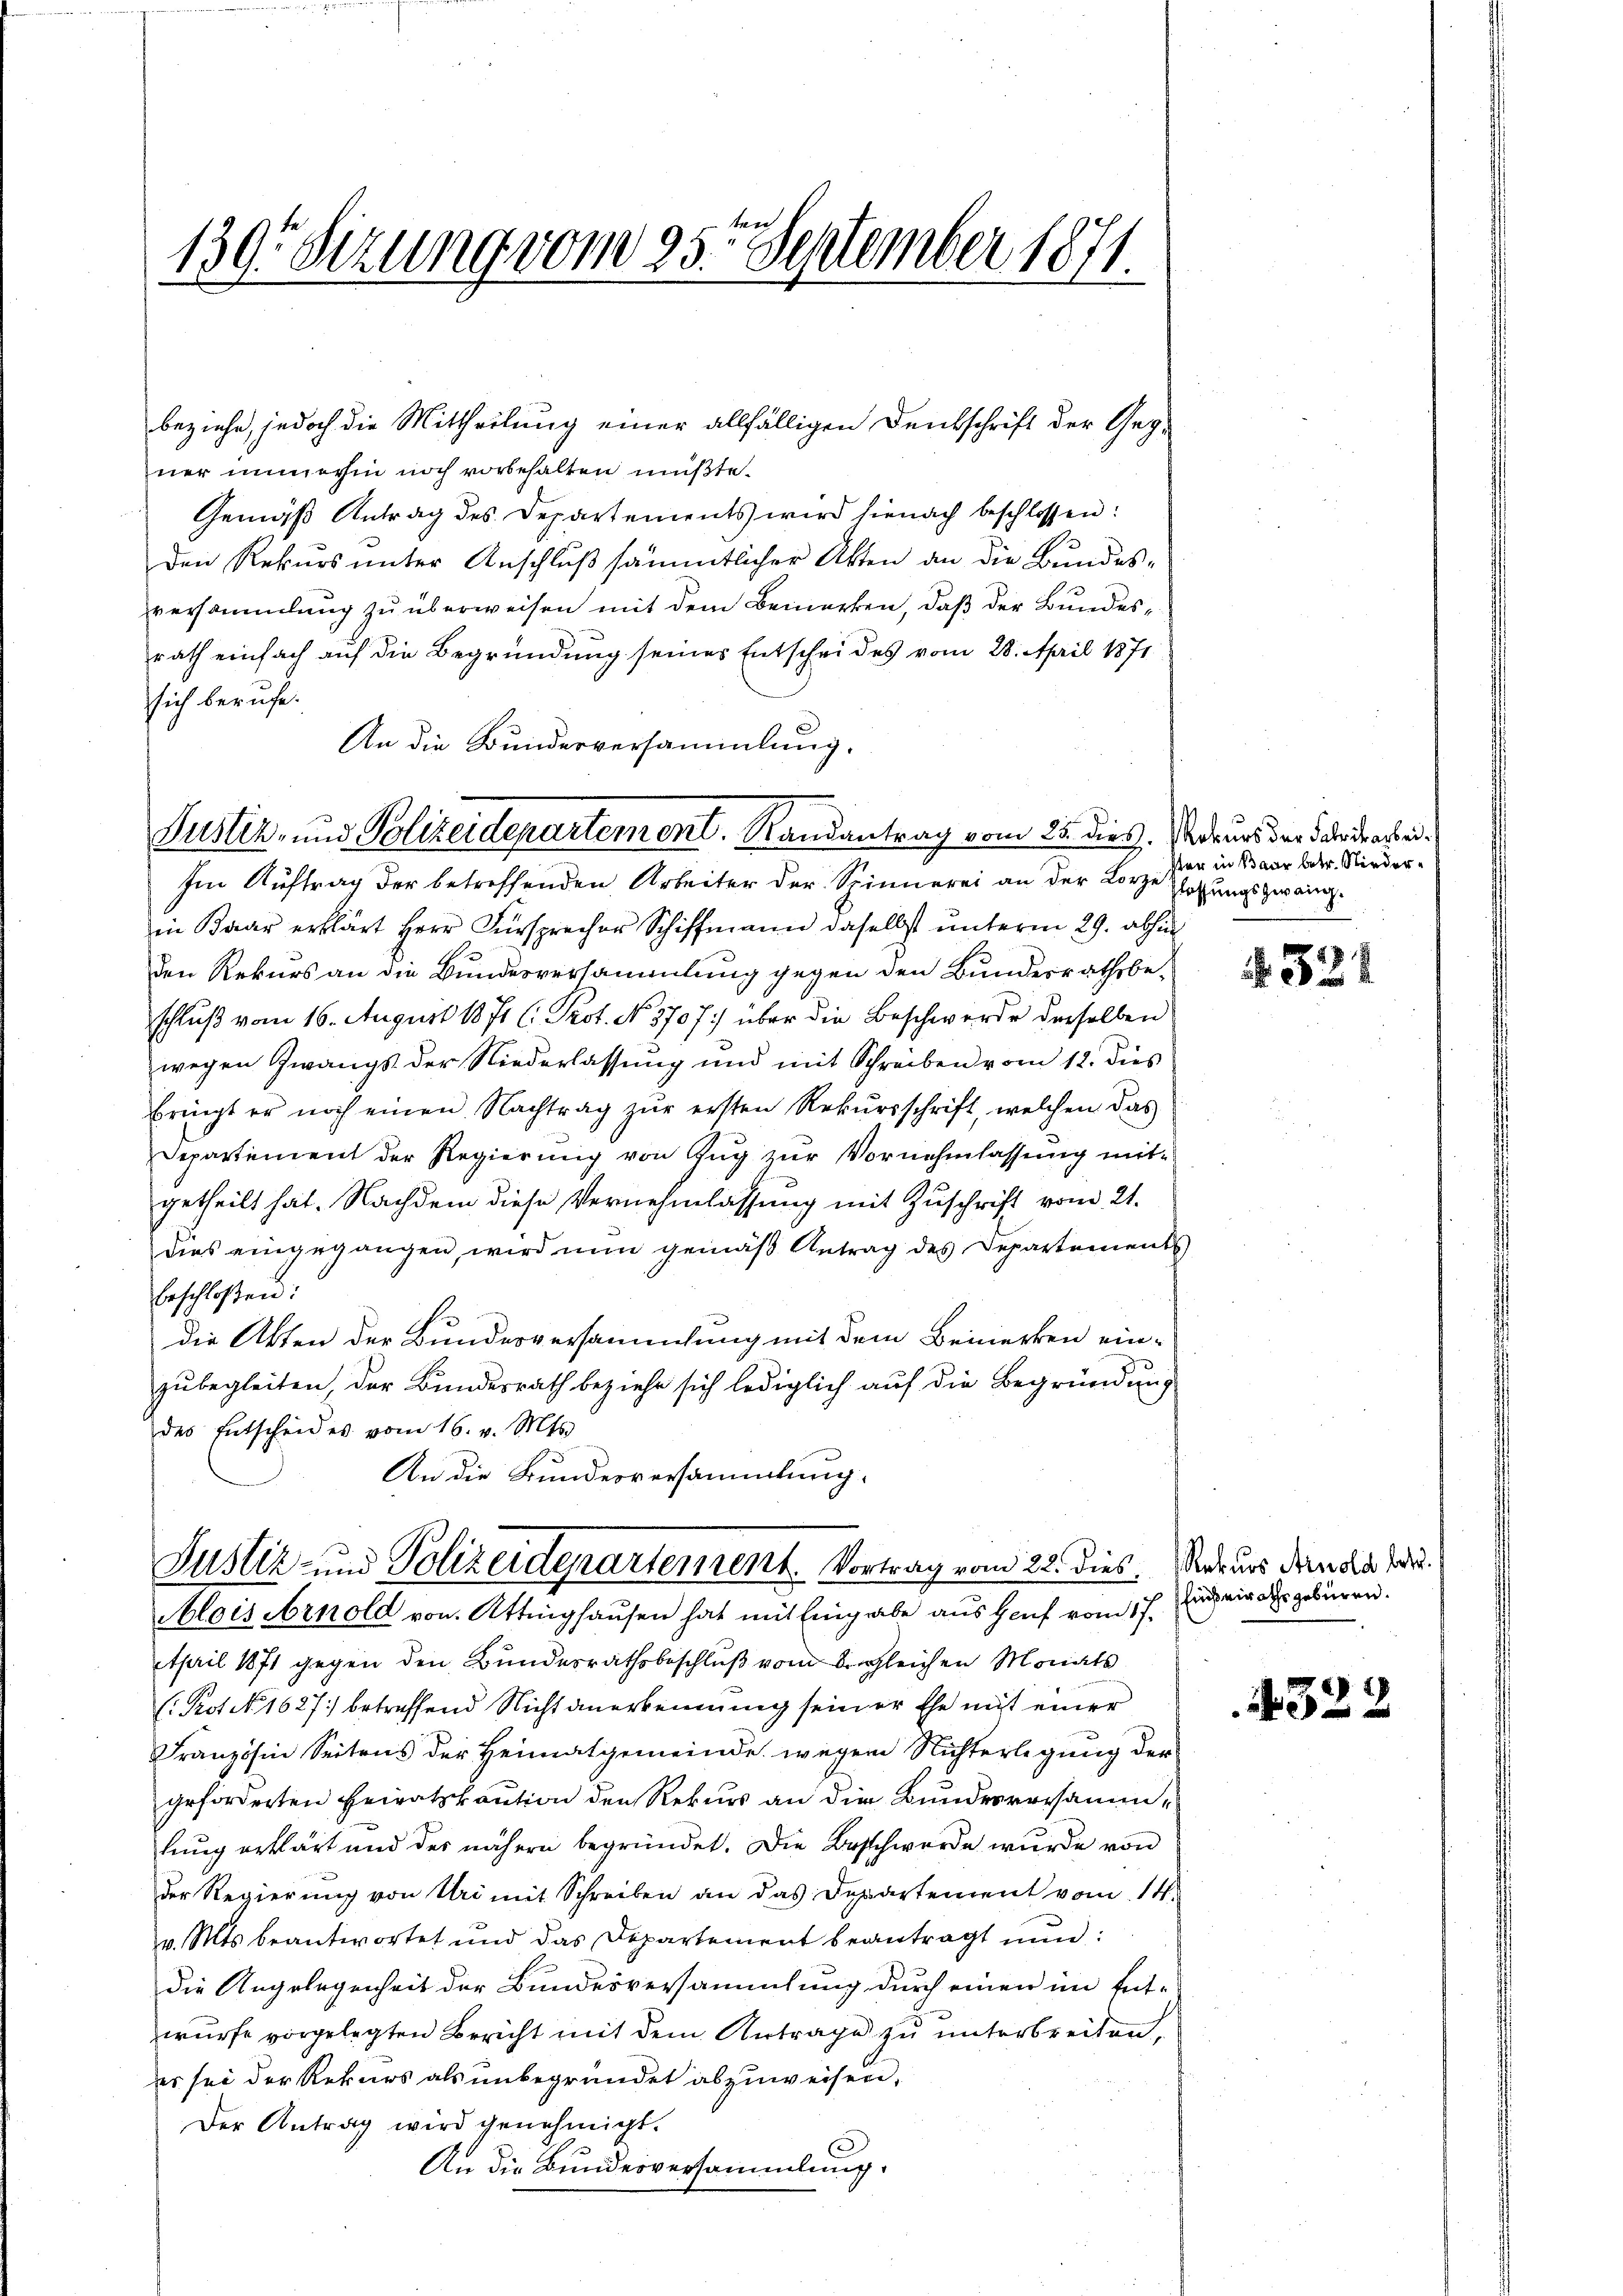
139. Sezung vom 25. September 1871.
x

beziehe, jedoch die Mittheilung einer allfälligen Denkschrift der Gegner immerhin noch vorbehalten müßte.
Gemäß Antrag des Departements wird hienach beschlossen:
den Rekurs unter Anschluß sämmtlicher Akten an die Bundesversammlung zu überweisen mit dem Bemerken, daß der Bundesrath einfach auf die Begründung seines Entscheides vom 28. April 1871
sich berufe.
An die Bundesversammlung.
Im Auftrag der betreffenden Arbeiter der Spinnerei an der Lorze
in Baar erklärt Herr Fürsprecher Schiffmann daselbst unterm 29. abhin
den Rekurs an die Bundesversammlung gegen den Bundesrathsbeschluß vom 16. August 1871 l. Prot. No 1707) über die Beschwerde derselben
wegen Zwangs der Niederlassung und mit Schreiben vom 12. dies
bringt er noch einen Nachtrag zŭr ersten Rekŭrsschrift, welchen das
Departement der Regierŭng von Zŭg zŭr Vornehmlassung mitgetheilt hat. Nachdem diese Vernehmlassung mit Zuschrift vom 21.
dies eingegangen, wird nun gemäß Antrag des Departement
Erschloßen:
die Akten der Bundesversammlung mit dem Bemerken ein-
zubegleiten, der Bundesrath beziehe sich lediglich auf die Begründung
des Entscheides vom 16. v. Mts.

Justiz- und Polizeidepartement. Randantrag vom 25. dies

Justiz- und Polizeidepartement. Vortrag vom 28. dies. Naturs dien der Jos.
Alois Arnold von Attinghausen hat mit Eingabe aus Hanf vom 17. Juni der gebüren.

April 1871 gegen den Bundesrathsbeschluß vom Begleichen Monats
(Pot N. 1627) betreffend Nicht anerkennung seiner Ehe mit einer
Französin Seitens der Heimatgemeinde wegen Nichterlegung der
geforderten Heiratskaution den Rekurs an die Bundesversammlung erklärt und des nähern begründet. Die Beschwerde wurde von
der Regierung von Uri mit Schreiben an das Departement vom 14.
v. Mts. beantwortet und das Departement beantragt nun:
die Angelegenheit der Bundesversammlung durch einen im Entwurfe vorgelegten Bericht mit dem Antrage zu unterbreiten,
es sei der Rekurs als unbegründet abzuweisen,
Der Antrag wird genehmigt.
.
An die Bundesversammlung.

Rekurs der Fabrikarbeister in Baar betr. Niederlassungszwang.

§ 321

322